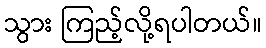
သွား ကြည့်လို့ရပါတယ်။